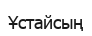
Ұстайсың